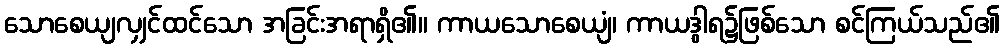
သောစေယျလျှင်ထင်သော အခြင်းအရာရှိ၏။ ကာယသောစေယျံ၊ ကာယဒွါရ၌ဖြစ်သော စင်ကြယ်သည်၏